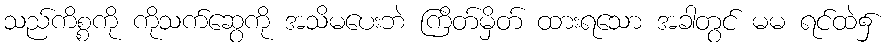
သည်ကိစ္စကို ကိုသက်ဆွေကို အသိမပေးဘဲ ကြိတ်မှိတ် ထားရသော အခါတွင် မမ ရင်ထဲ၌